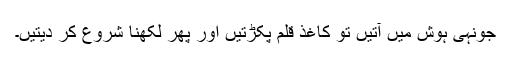
جونہی ہوش میں آتیں تو کاغذ قلم پکڑتیں اور پھر لکھنا شروع کر دیتیں۔